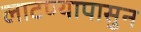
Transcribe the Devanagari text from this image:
लाटण्यापासुन